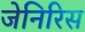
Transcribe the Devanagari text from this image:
जेनिरिस